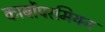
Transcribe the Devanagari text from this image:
कार्बोपरमियन